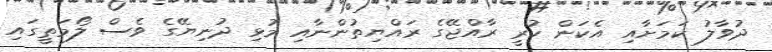
ދުވާލު ކަމަށާއި އެކަން ކުރީ ރާއްޖޭގެ ރައްޔިތުންނާއި މުޅި ދުނިޔޭގެ ވެސް ލޯމަތީގައި